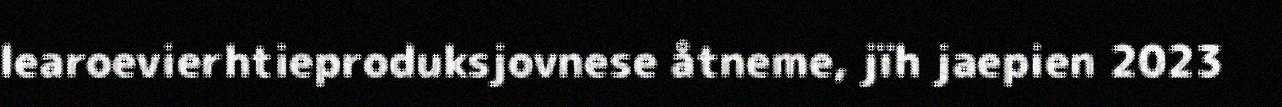
learoevierhtieproduksjovnese åtneme, jïh jaepien 2023